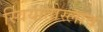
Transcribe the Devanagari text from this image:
स्वियातोस्लाव